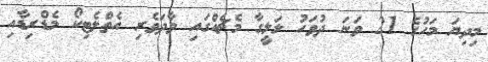
މިދިޔަ މަހުގެ 21 ވަނަ ދުވަހު ލަލީގާ މެޗެއްގައި ވާދަވެރި އެތްލެޓިކޯ މެޑްރިޑާއި